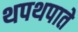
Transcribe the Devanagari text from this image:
थपथपाते